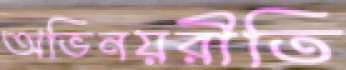
অভিনয়রীতি